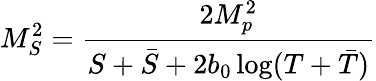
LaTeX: M_{S}^{2}=\frac{2M_{p}^{2}}{S+\bar{S}+2b_{0}\log(T+\bar{T})}